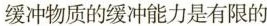
缓冲物质的缓冲能力是有限的